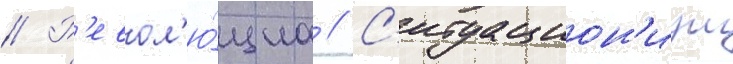
// Р'евол'ю́циа // С'итуацион'изм